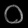
Digit: ၀